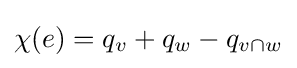
\chi (e)=q_{v}+q_{w}-q_{v\cap w}